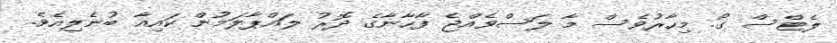
ލެޓްސް ގޯ. މިހާރުވެސް މާ ލަސްވެއްޖެ ފާހާނާގެ ދޮރު ލައްޕާލަމުން ކައިއާ ބުނެލިއެވެ.